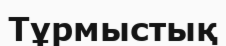
Тұрмыстық